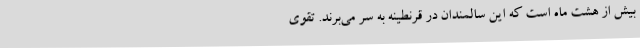
بیش از هشت ماه است که این سالمندان در قرنطینه به سر می‌برند. تقوی